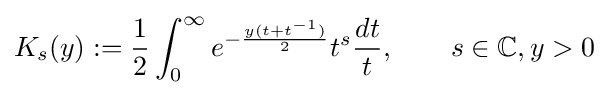
K_{s}(y):={\frac {1}{2}}\int _{0}^{\infty }e^{-{\frac {y(t+t^{-1})}{2}}}t^{s}{\frac {dt}{t}},\qquad s\in \mathbb {C} ,y>0